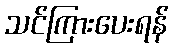
သင်ကြားပေးရန်